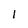
Character: 1